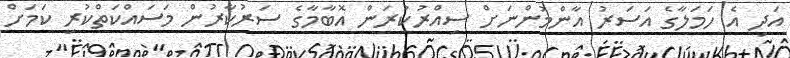
އަދި އެ ހަމަލާގެ އަސަރު އާންމުންނަށް ސިއްރުކުރަން އޮބާމާގެ ސަރުކާރުން މަސައްކަތްކުރި ކަމަށް